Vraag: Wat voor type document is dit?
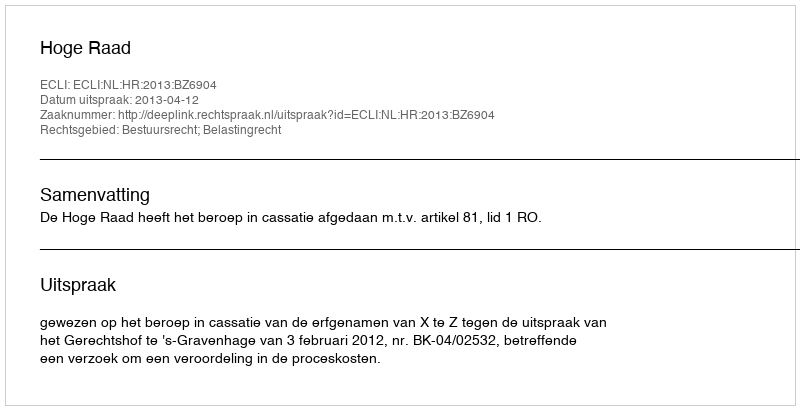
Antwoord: Uitspraak